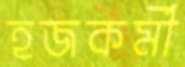
হজকর্মী